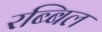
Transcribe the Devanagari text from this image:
रब्बिल